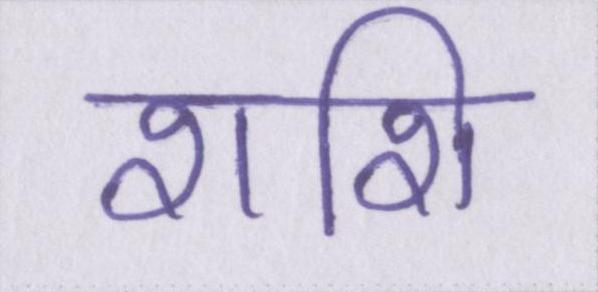
शशि